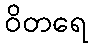
ဝိတရေ